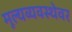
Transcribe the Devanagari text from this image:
मूल्यव्यवस्थेवर